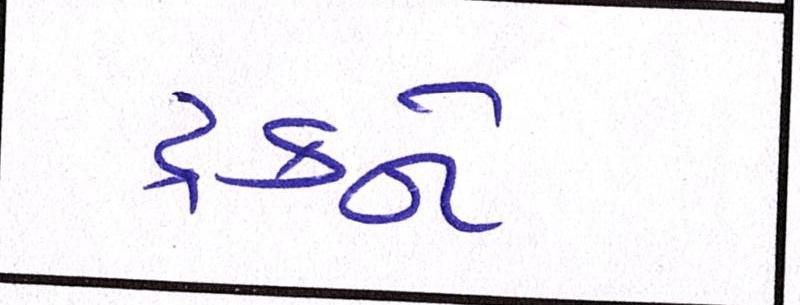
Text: ટ્રકને